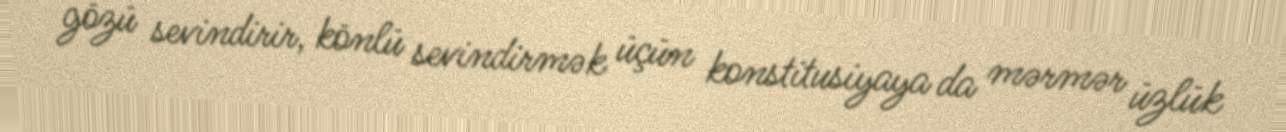
gözü sevindirir, könlü sevindirmək üçün konstitusiyaya da mərmər üzlük